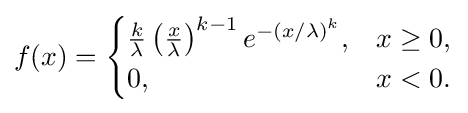
f(x)={\begin{cases}{\frac {k}{\lambda }}\left({\frac {x}{\lambda }}\right)^{k-1}e^{-(x/\lambda )^{k}},&x\geq 0,\\0,&x<0.\end{cases}}